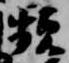
頻